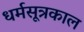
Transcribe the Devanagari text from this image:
धर्मसूत्रकाल